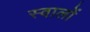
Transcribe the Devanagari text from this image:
स्वालों